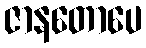
ဇာနတောပေ